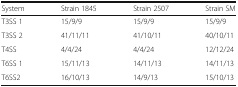
<table><thead><tr><td><b>System</b></td><td><b>Strain 1845</b></td><td><b>Strain 2507</b></td><td><b>Strain SM</b></td></tr></thead><tbody><tr><td>T3SS 1</td><td>15/9/9</td><td>15/9/9</td><td>15/9/9</td></tr><tr><td>T3SS 2</td><td>41/11/11</td><td>41/10/11</td><td>40/10/11</td></tr><tr><td>T4SS</td><td>4/4/24</td><td>4/4/24</td><td>12/12/24</td></tr><tr><td>T6SS 1</td><td>15/11/13</td><td>14/11/13</td><td>14/11/13</td></tr><tr><td>T6SS2</td><td>16/10/13</td><td>14/9/13</td><td>15/10/13</td></tr></tbody></table>